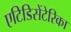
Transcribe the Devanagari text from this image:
एटिडिसेंटेरिका